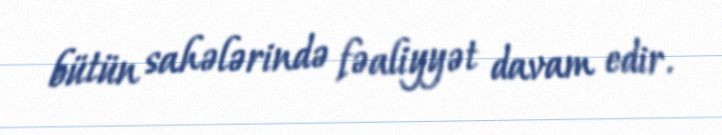
bütün sahələrində fəaliyyət davam edir.